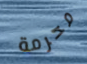
محرمة